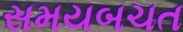
સમયબચત